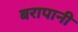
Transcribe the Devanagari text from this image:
बरापानी